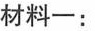
材料一：